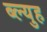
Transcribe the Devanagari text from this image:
ब्ल्युह